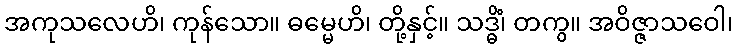
အကုသလေဟိ၊ ကုန်သော။ ဓမ္မေဟိ၊ တို့နှင့်။ သဒ္ဓိံ၊ တကွ။ အဝိဇ္ဇာသဝေါ၊